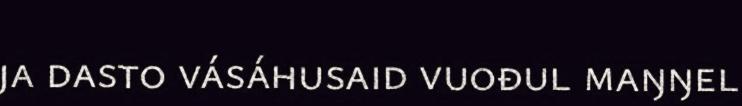
ja dasto vásáhusaid vuođul maŋŋel